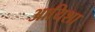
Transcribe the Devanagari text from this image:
आयिशा